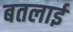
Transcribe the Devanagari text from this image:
बतलाईं